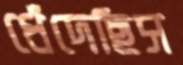
ধেঁদেছিস